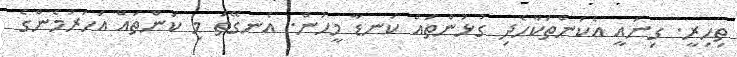
ތިހިރީ. ގިނައީ އެކަންތަކާހެދި ގުޅުންތައް ކަނޑާ މީހުން. އެނގޭތަ މި ކަންތައް އަހަރުމެންގެ